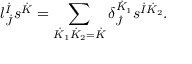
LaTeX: l _ { \dot { J } } ^ { \dot { I } } s ^ { \dot { K } } = \sum _ { \dot { K } _ { 1 } \dot { K } _ { 2 } = \dot { K } } \delta _ { \dot { J } } ^ { \dot { K } _ { 1 } } s ^ { \dot { I } \dot { K } _ { 2 } } .